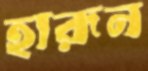
হারূন